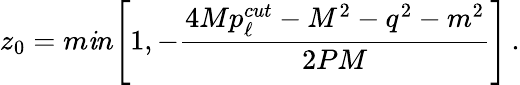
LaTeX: z_{0}=m\mathit{i}n\Bigg[1,-{\frac{{4Mp_{\ell}^{cut}-M^{2}-q^{2}-m^{2}}}{{2PM}}}\Bigg]\, .